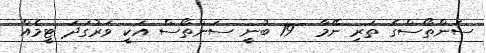
ސަންތޯސްގެ ތަރި ނޭމާ  19 ބުނީ ސަންތޯސް އަކީ ވަރުގަދަ ޓީމެއް